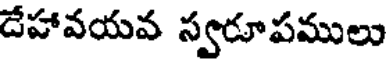
దేహావయవ స్వరూపములు